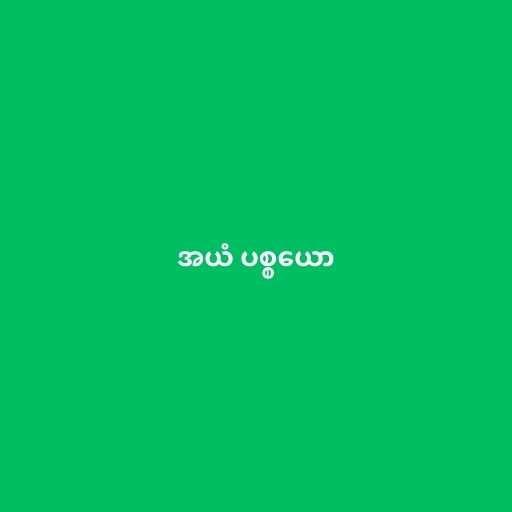
အယံ ပစ္စယော